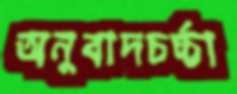
অনুবাদচর্চ্চা